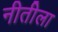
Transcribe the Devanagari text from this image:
नीतीला